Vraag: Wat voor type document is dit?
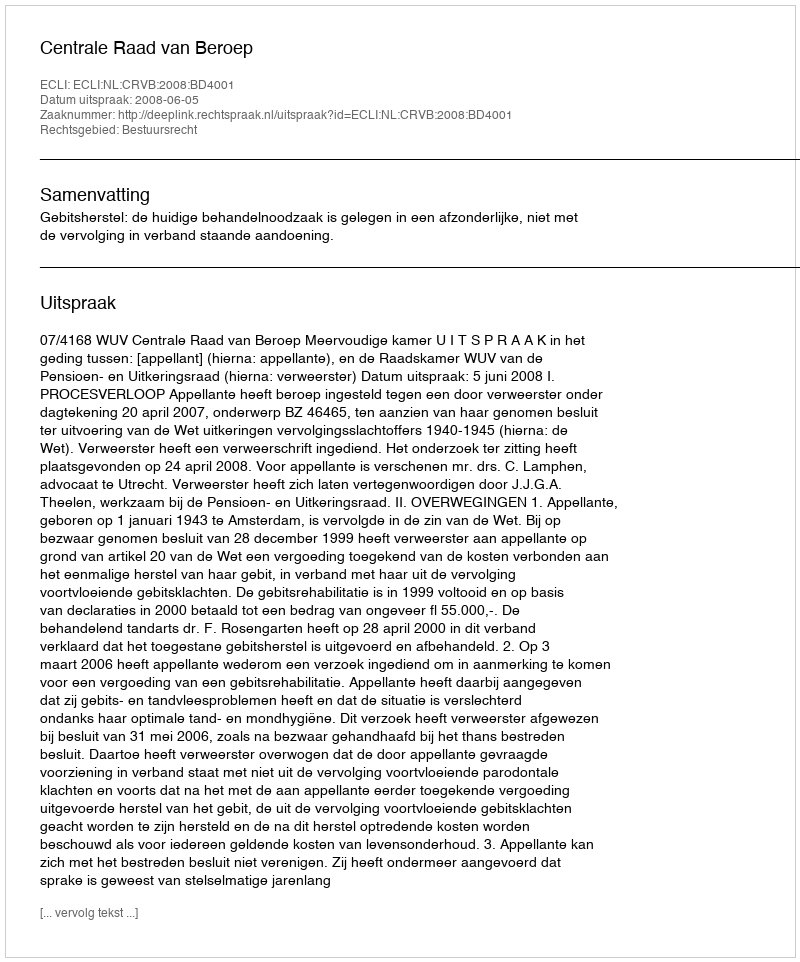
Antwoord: Uitspraak